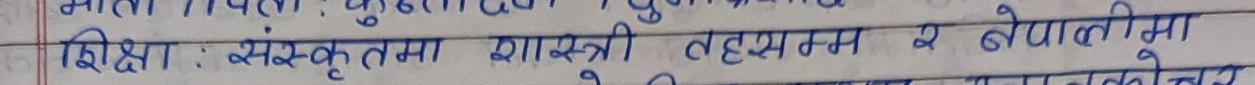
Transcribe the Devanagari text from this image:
शिक्षा: संस्कृतमा शास्त्री तहसम्म र नेपालीमा